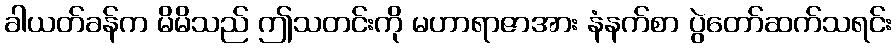
ခါယတ်ခန်က မိမိသည် ဤသတင်းကို မဟာရာဇာအား နံနက်စာ ပွဲတော်ဆက်သရင်း